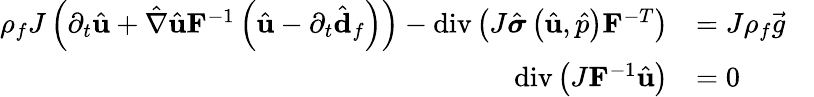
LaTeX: \begin{array}{rl}{\rho_{f}J\left(\partial_{t}\hat{\mathbf{u}}+\hat{\nabla}\hat{\mathbf{u}}\mathbf{F}^{-1}\left(\hat{\mathbf{u}}-\partial_{t}\hat{\mathbf{d}}_{f}\right)\right)-\operatorname{div}\left(J\hat{\boldsymbol{\sigma}}\left(\hat{\mathbf{u}},\hat{p}\right)\mathbf{F}^{-T}\right)}&{=J\rho_{f}\vec{g}\quad}\\ {\operatorname{div}\left(J\mathbf{F}^{-1}\hat{\mathbf{u}}\right)}&{=0\quad}\end{array}